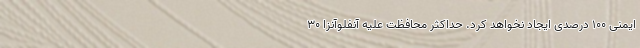
ایمنی ۱۰۰ درصدی ایجاد نخواهد کرد. حداکثر محافظت علیه آنفلوآنزا ۳۰